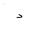
Letter: _dal